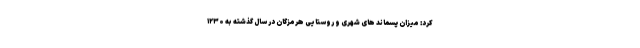
کرد: میزان پسماند های شهری و روستایی هرمزگان در سال گذشته به ۱۲۳۰